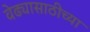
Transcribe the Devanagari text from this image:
वेढ्यासाठीच्या